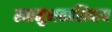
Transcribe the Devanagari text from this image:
स्वानुभवाशिवाय